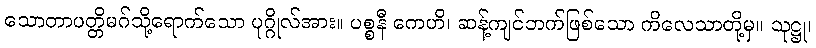
သောတာပတ္တိမဂ်သို့ရောက်သော ပုဂ္ဂိုလ်အား။ ပစ္စနီ ကေဟိ၊ ဆန့်ကျင်ဘက်ဖြစ်သော ကိလေသာတို့မှ။ သုဋ္ဌု၊